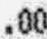
.00